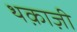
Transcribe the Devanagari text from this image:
थक़ाज़ी